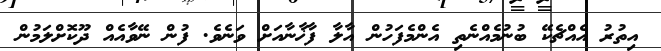
އިތުރު އެއްޗެކޭ ބުނުމެއްނެތި އެންމެފަހުން އާލާ ފާޚާނާއަށް ވަނެވެ. ފުން ނޭވާއެއް ދޫކޮށްލަމުން